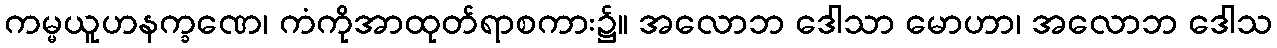
ကမ္မယူဟနက္ခဏေ၊ ကံကိုအာထုတ်ရာစကား၌။ အလောဘ ဒေါသာ မောဟာ၊ အလောဘ ဒေါသ